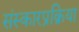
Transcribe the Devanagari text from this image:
संस्कारप्रक्रिया